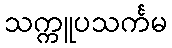
သက္ကူပသင်္ကမ